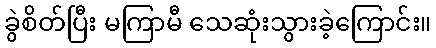
ခွဲစိတ်ပြီး မကြာမီ သေဆုံးသွားခဲ့ကြောင်း။